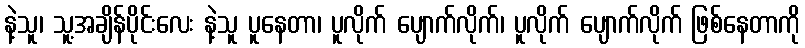
နဲ့သူ၊ သူ့အချိန်ပိုင်းလေး နဲ့သူ ပူနေတာ၊ ပူလိုက် ပျောက်လိုက်၊ ပူလိုက် ပျောက်လိုက် ဖြစ်နေတာကို